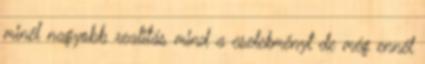
minél nagyobb realitás mind a cselekményt de még ennél